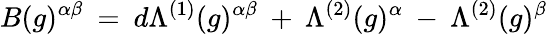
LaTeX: B(g)^{\alpha\beta}\: =\: d\Lambda^{(1)}(g)^{\alpha\beta}\: +\: \Lambda^{(2)}(g)^{\alpha}\: -\: \Lambda^{(2)}(g)^{\beta}